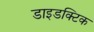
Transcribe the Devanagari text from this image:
डाइडक्टिक